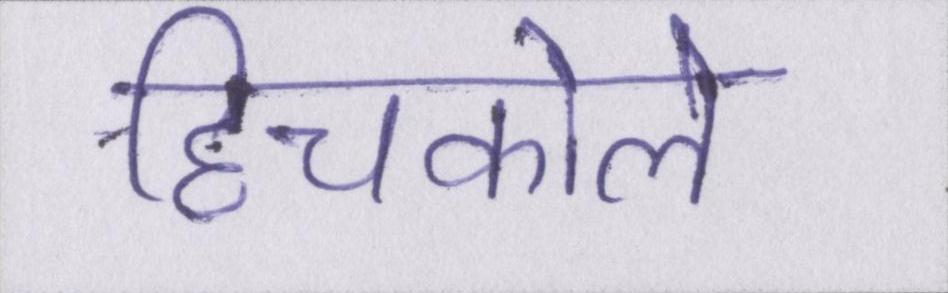
हिचकोले